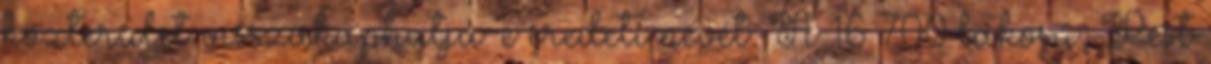
közterület visszakaphatja-e eredeti nevét. A 16 700 lakosú, Pest